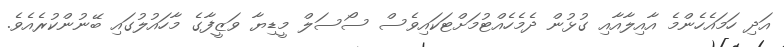
އަދި ހަމައެހެންމެ އާއިލާއާއި ގުޅުން ދެމެހެއްޓުމަށްޓަކައިވެސް ސޯސަލް މީޑިޔާ ވަޒީފާގެ މާހައުލުގައި ބޭނުންކުރެއެވެ.